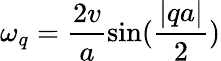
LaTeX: \omega_{q}=\frac{2v}{a}\sin(\frac{|qa|}{2})